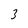
Character: 3